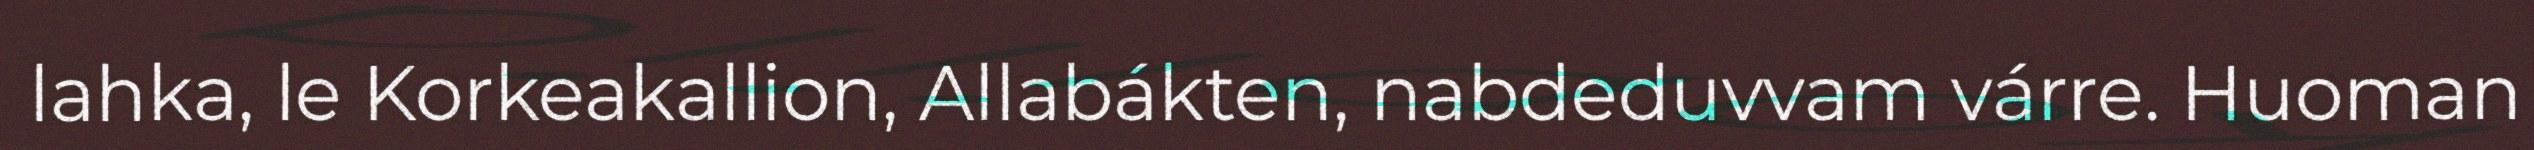
lahka, le Korkeakallion, Allabákten, nabdeduvvam várre. Huoman